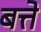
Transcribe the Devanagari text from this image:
बत्ते